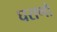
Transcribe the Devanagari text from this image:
घराणो